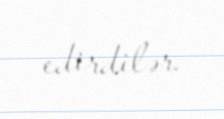
edirdilər.